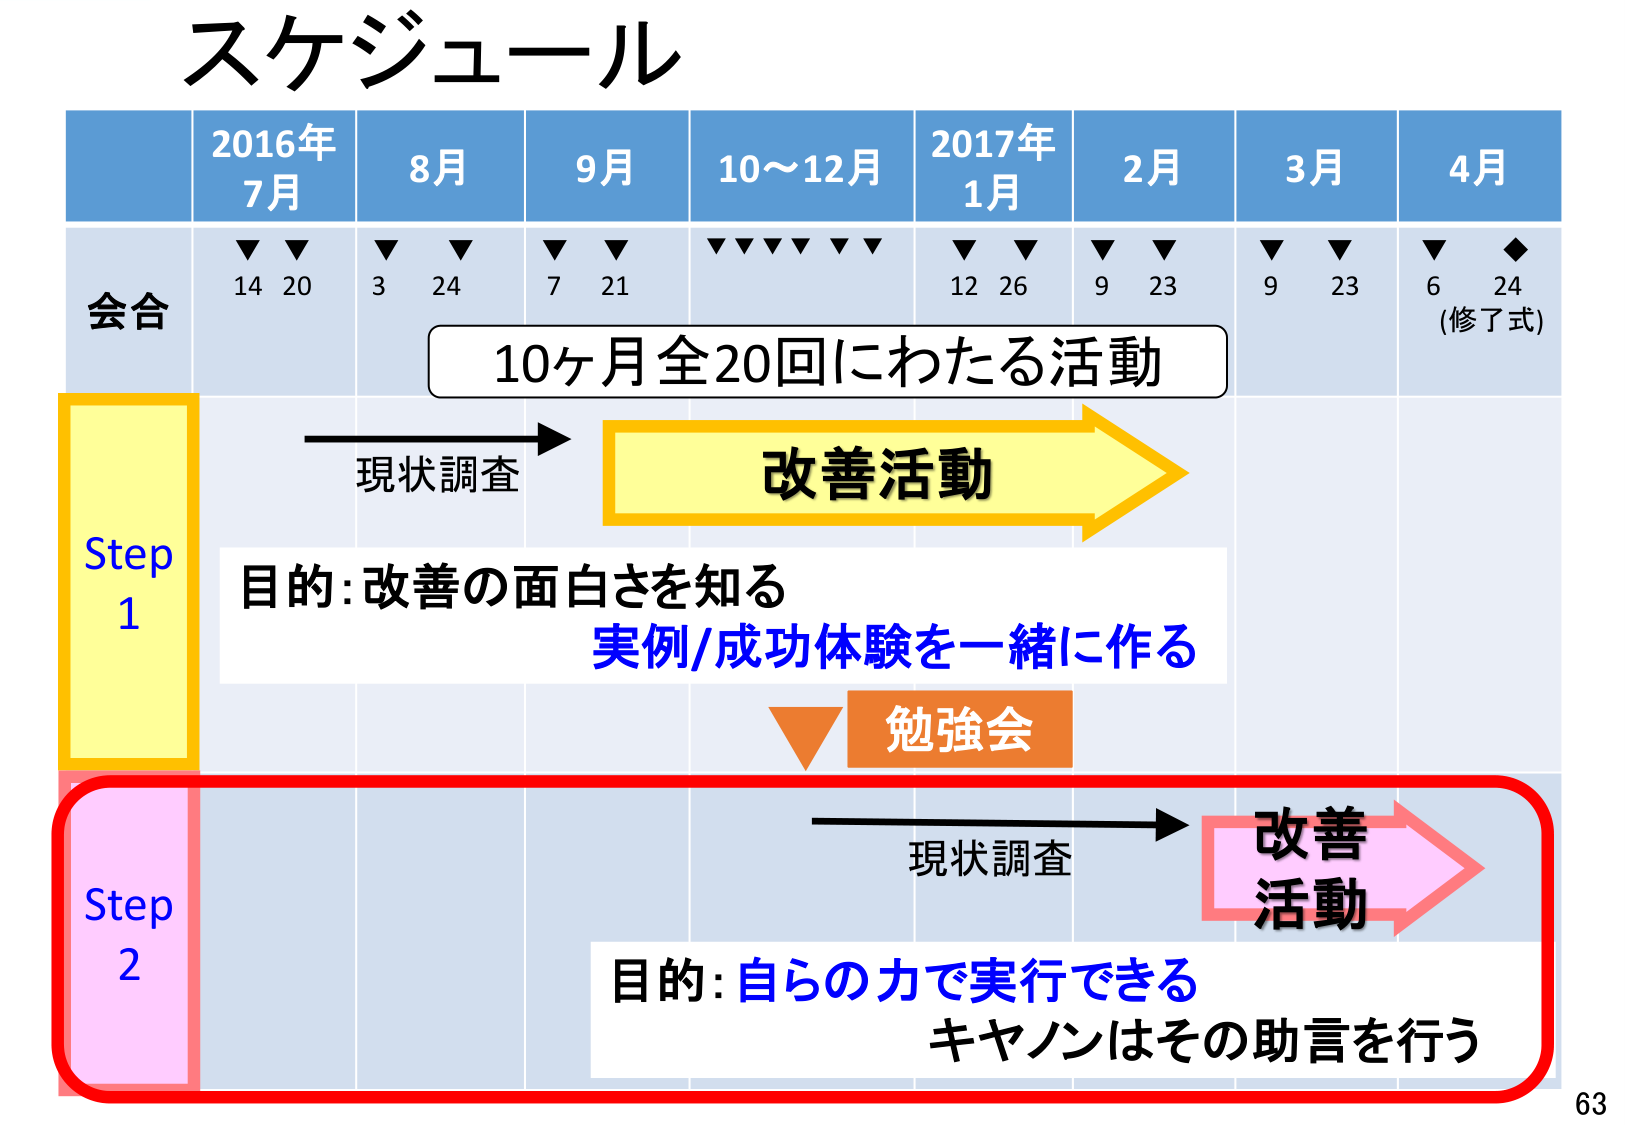
スケジュール
2016年 7月 8月 9月 10～12月 2017年 1月 2月 3月 4月
会合 ▼▼ 14 20 ▼▼ 3 24 ▼▼ 7 21 ▼▼▼▼▼▼ 12 26 ▼▼ 9 23 ▼▼ 9 23 ▼◆ 6 24 (修了式)
10ヶ月全20回にわたる活動
Step 1
現状調査 → 改善活動
目的: 改善の面白さを知る
実例/成功体験を一緒に作る
勉強会
Step 2
現状調査 → 改善活動
目的: 自らの力で実行できる
キヤノンはその助言を行う
63